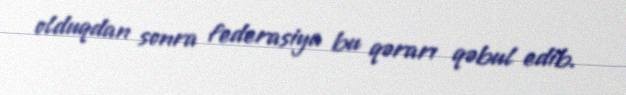
olduqdan sonra federasiya bu qərarı qəbul edib.